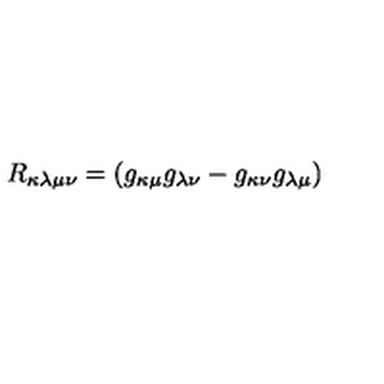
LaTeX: R _ { \kappa \lambda \mu \nu } = ( g _ { \kappa \mu } g _ { \lambda \nu } - g _ { \kappa \nu } g _ { \lambda \mu } )